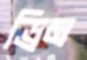
ড্রিম